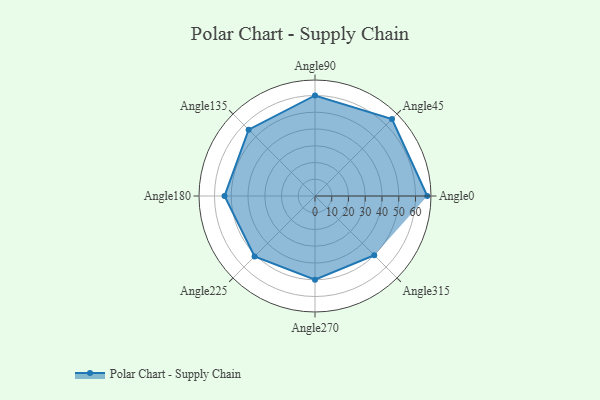
{"axis": {"x": "Angle", "y": "Radius"}, "legend": [""], "data": [{"x": "Angle0", "y": 67.0, "type": ""}, {"x": "Angle45", "y": 65.0, "type": ""}, {"x": "Angle90", "y": 60.0, "type": ""}, {"x": "Angle135", "y": 56.0, "type": ""}, {"x": "Angle180", "y": 54.0, "type": ""}, {"x": "Angle225", "y": 51.0, "type": ""}, {"x": "Angle270", "y": 50, "type": ""}, {"x": "Angle315", "y": 50, "type": ""}]}